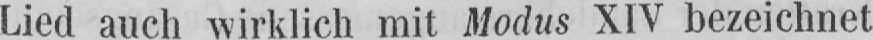
Lied auch wirklich mit Modus XIV bezeichnet